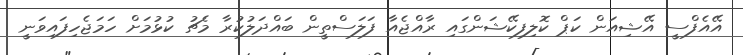
އޭއެފްސީ އޭޝިއަން ކަޕް ކޮލިފިކޭޝަންގައި ރާއްޖެއާ ފަލަސްތީން ބައްދަލުކުރާ މެޗު ކުޅުމަށް ހަމަޖެހިފައިވަނީ